Relation of titanus [i.e. tetanus] to the hypodermic or intramuscular injection of quinine - Number 43
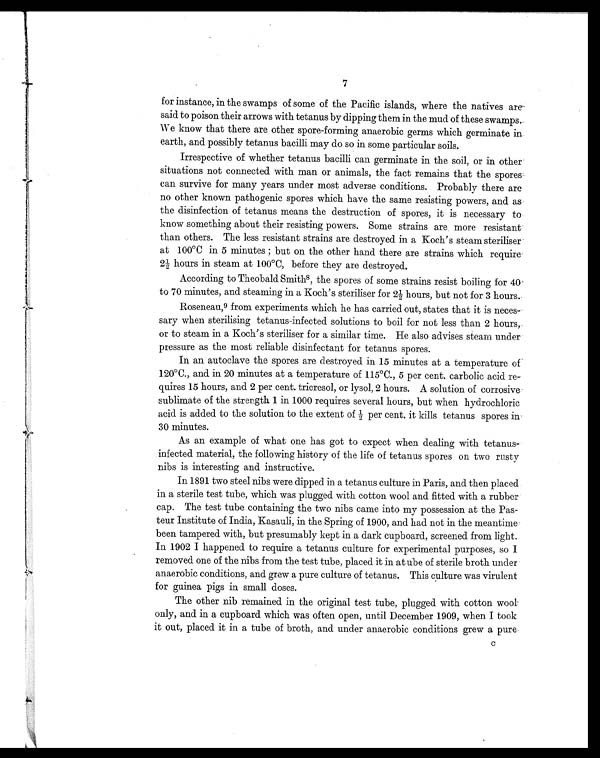
7
for instance, in the swamps of some of the Pacific islands, where the natives are-
said to poison their arrows with tetanus by dipping them in the mud of these swamps.
We know that there are other spore-forming anaerobic germs which germinate in
earth, and possibly tetanus bacilli may do so in some particular soils.
Irrespective of whether tetanus bacilli can germinate in the soil, or in other
situations not connected with man or animals, the fact remains that the spores
can survive for many years under most adverse conditions. Probably there are
no other known pathogenic spores which have the same resisting powers, and as
the disinfection of tetanus means the destruction of spores, it is necessary to
know something about their resisting powers. Some strains are more resistant
than others. The less resistant strains are destroyed in a Koch's steam steriliser
at 100°C in 5 minutes ; but on the other hand there are strains which require
2½ hours in steam at 100°C, before they are destroyed.
According to Theobald Smiths8 , t h e s p o r e s o f s o m e s t r a i n s r e s i s t b o i l i n g f o r 4 0
to 70 minutes, and steaming in a Koch's steriliser for 2½ hours, but not for 3 hours.
Roseneau,9 from experiments which he has carried out, states that it is neces-
sary when sterilising tetanus-infected solutions to boil for not less than 2 hours,
or to steam in a Koch's steriliser for a similar time. He also advises steam under
pressure as the most reliable disinfectant for tetanus spores.
In an autoclave the spores are destroyed in 15 minutes at a temperature of
120°C., and in 20 minutes at a temperature of 115°C., 5 per cent. carbolic acid re-
quires 15 hours, and 2 per cent. tricresol, or lysol, 2 hours. A solution of corrosive
sublimate of the strength 1 in 1000 requires several hours, but when hydrochloric
acid is added to the solution to the extent of ½ per cent. it kills tetanus spores in
30 minutes.
As an example of what one has got to expect when dealing with tetanus-
infected material, the following history of the life of tetanus spores on two rusty
nibs is interesting and instructive.
In 1891 two steel nibs were dipped in a tetanus culture in Paris, and then placed
in a sterile test tube, which was plugged with cotton wool and fitted with a rubber
cap. The test tube containing the two nibs came into my possession at the Pas-
teur Institute of India, Kasauli, in the Spring of 1900, and had not in the meantime
been tampered with, but presumably kept in a dark cupboard, screened from light.
In 1902 I happened to require a tetanus culture for experimental purposes, so I
removed one of the nibs from the test tube, placed it in atube of sterile broth under
anaerobic conditions, and grew a pure culture of tetanus. This culture was virulent
for guinea pigs in small doses.
The other nib remained in the original test tube, plugged with cotton wool
only, and in a cupboard which was often open, until December 1909, when I took
it out, placed it in a tube of broth, and under anaerobic conditions grew a pure-